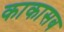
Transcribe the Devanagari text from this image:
काकासब